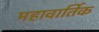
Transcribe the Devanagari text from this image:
महावार्तिक